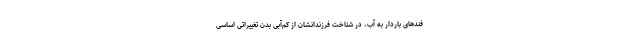
فندهای باردار به آب، در شناخت فرزندانشان از کم‌آبی بدن تغییراتی اساسی